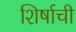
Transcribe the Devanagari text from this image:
शिर्षाची